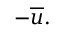
- { \overline { { u } } } .